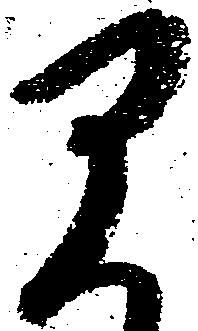
早